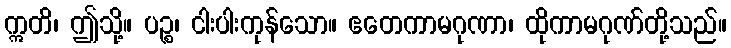
ဣတိ၊ ဤသို့။ ပဉ္စ၊ ငါးပါးကုန်သော။ ဧတေကာမဂုဏာ၊ ထိုကာမဂုဏ်တို့သည်။